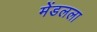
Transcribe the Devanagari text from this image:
मेंडलला